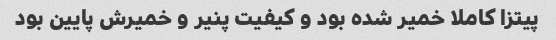
پیتزا کاملا خمیر شده بود و کیفیت پنیر و خمیرش پایین بود